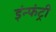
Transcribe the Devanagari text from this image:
इंन्फंट्री